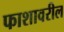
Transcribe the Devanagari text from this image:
फाशावरील